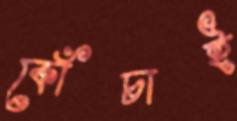
কোঁচাই